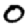
Digit: 0